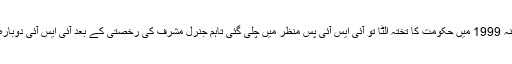
جب جنرل مشرف نے سنہ 1999 میں حکومت کا تختہ الٹا تو آئی ایس آئی پس منظر میں چلی گئی تاہم جنرل مشرف کی رخصتی کے بعد آئی ایس آئی دوبارہ منظرِ عام پر آ گئی ہے۔